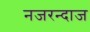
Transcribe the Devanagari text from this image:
नजरन्दाज